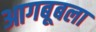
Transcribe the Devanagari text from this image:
आगबूबला